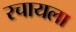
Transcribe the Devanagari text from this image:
रचायला